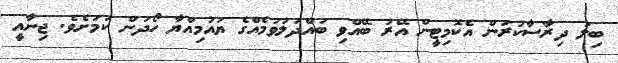
ބިލު ދިރާސާކުރަން އެކޮމިޓީން އޭރު ބޭއްވި ބައްދަލުވުމެއްގެ ޔައުމިއްޔާ ހޯދަން ކަމަށެވެ. ޖިނާއީ